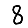
Digit: 8